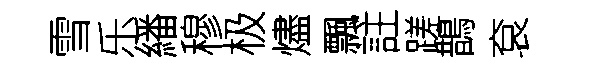
雪乐繙穆极燼飄註蹉鵲袞